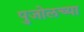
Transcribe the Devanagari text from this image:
पुजोलच्या